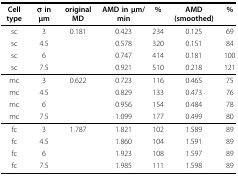
<table><thead><tr><td><b>Cell type</b></td><td><b>σ in μm</b></td><td><b>original MD</b></td><td><b>AMD in μm/min</b></td><td><b>%</b></td><td><b>AMD (smoothed)</b></td><td><b>%</b></td></tr></thead><tbody><tr><td>sc</td><td>3</td><td>0.181</td><td>0.423</td><td>234</td><td>0.125</td><td>69</td></tr><tr><td>sc</td><td>4.5</td><td></td><td>0.578</td><td>320</td><td>0.151</td><td>84</td></tr><tr><td>sc</td><td>6</td><td></td><td>0.747</td><td>414</td><td>0.181</td><td>100</td></tr><tr><td>sc</td><td>7.5</td><td></td><td>0.921</td><td>510</td><td>0.218</td><td>121</td></tr><tr><td>mc</td><td>3</td><td>0.622</td><td>0.723</td><td>116</td><td>0.465</td><td>75</td></tr><tr><td>mc</td><td>4.5</td><td></td><td>0.829</td><td>133</td><td>0.473</td><td>76</td></tr><tr><td>mc</td><td>6</td><td></td><td>0.956</td><td>154</td><td>0.484</td><td>78</td></tr><tr><td>mc</td><td>7.5</td><td></td><td>1.099</td><td>177</td><td>0.499</td><td>80</td></tr><tr><td>fc</td><td>3</td><td>1.787</td><td>1.821</td><td>102</td><td>1.589</td><td>89</td></tr><tr><td>fc</td><td>4.5</td><td></td><td>1.860</td><td>104</td><td>1.591</td><td>89</td></tr><tr><td>fc</td><td>6</td><td></td><td>1.923</td><td>108</td><td>1.597</td><td>89</td></tr><tr><td>fc</td><td>7.5</td><td></td><td>1.985</td><td>111</td><td>1.598</td><td>89</td></tr></tbody></table>